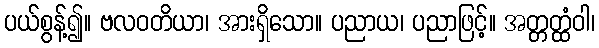
ပယ်စွန့်၍။ ဗလဝတိယာ၊ အားရှိသော။ ပညာယ၊ ပညာဖြင့်။ အတ္တတ္ထံဝါ၊